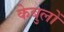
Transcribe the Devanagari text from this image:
केबुलों